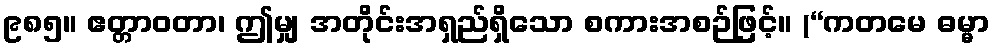
၉၈၅။ ဧတ္တာဝတာ၊ ဤမျှ အတိုင်းအရှည်ရှိသော စကားအစဉ်ဖြင့်။ (“ကတမေ ဓမ္မာ